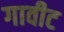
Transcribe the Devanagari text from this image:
गावीट